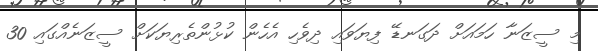
މި ސީޒަނާ ހަމައަށް ދަގަނޑޭ ފިޔަވައި ދިވެހި އެހެން ކުޅުންތެރިޔަކަށް ސީޒަނެއްގައި 30